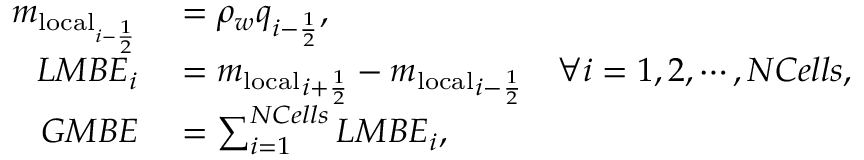
\begin{array} { r l } { m _ { \mathrm { l o c a l } _ { i - \frac { 1 } { 2 } } } } & { { } = \rho _ { w } q _ { i - \frac { 1 } { 2 } } , } \\ { L M B E _ { i } } & { { } = { m _ { \mathrm { l o c a l } } } _ { i + \frac { 1 } { 2 } } - { m _ { \mathrm { l o c a l } } } _ { i - \frac { 1 } { 2 } } \quad \forall i = 1 , 2 , \cdots , N C e l l s , } \\ { G M B E } & { { } = \sum _ { i = 1 } ^ { N C e l l s } L M B E _ { i } , } \end{array}